Vaccine operations Central Provinces 1886-1899 - 1886-1899
Year: 1886
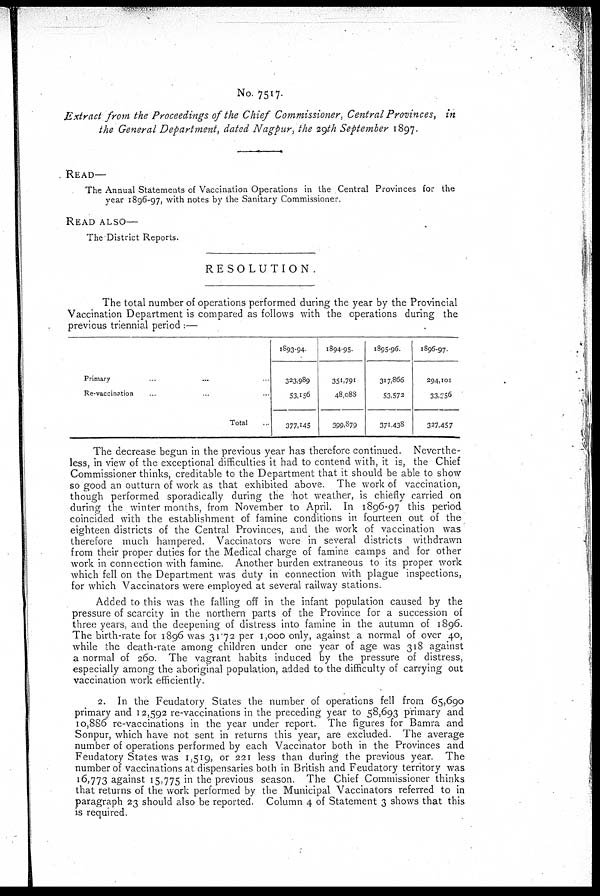
No. 7517.
Extract from the Proceedings of the Chief Commissioner, Central Provinces, in
the General Department, dated Nagpur, the 29th September 1897.
READ—
The Annual Statements of Vaccination Operations in the Central Provinces for the
year 1896-97, with notes by the Sanitary Commissioner.
READ ALSO—
The District Reports.
RESOLUTION .
The total number of operations performed during the year by the Provincial
Vaccination Department is compared as follows with the operations during the
previous triennial period :—
Primary...
Re-vaccination...
Total...
1893-94.
323,989
53,156
377,145
1894-95.
351,791
48,088
399,879
1895-96.
317,866
53,572
371,438
1896-97.
294,101
33,056
327,457
The decrease begun in the previous year has therefore continued. Neverthe-
less, in view of the exceptional difficulties it had to contend with, it is, the Chief
Commissioner thinks, creditable to the Department that it should be able to show
so good an outturn of work as that exhibited above. The work of vaccination,
though performed sporadically during the hot weather, is chiefly carried on
during the winter months, from November to April. In 1896-97 this period
coincided with the establishment of famine conditions in fourteen out of the
eighteen districts of the Central Provinces, and the work of vaccination was
therefore much hampered. Vaccinators were in several districts withdrawn
from their proper duties for the Medical charge of famine camps and for other
work in connection with famine. Another burden extraneous to its proper work
which fell on the Department was duty in connection with plague inspections,
for which Vaccinators were employed at several railway stations.
Added to this was the falling off in the infant population caused by the
pressure of scarcity in the northern parts of the Province for a succession of
three years, and the deepening of distress into famine in the autumn of 1896.
The birth-rate for 1896 was 31.72 per 1,000 only, against a normal of over 40,
while the death-rate among children under one year of age was 318 against
a normal of 260. The vagrant habits induced by the pressure of distress,
especially among the aboriginal population, added to the difficulty of carrying out
vaccination work efficiently.
2. In the Feudatory States the number of operations fell from 65,690
primary and 12,592 re-vaccinations in the preceding year to 58,693 primary and
10,886 re-vaccinations in the year under report. The figures for Bamra and
Sonpur, which have not sent in returns this year, are excluded. The average
number of operations performed by each Vaccinator both in the Provinces and
Feudatory States was 1,519, or 221 less than during the previous year. The
number of vaccinations at dispensaries both in British and Feudatory territory was
16,773 against 15,775 in the previous season. The Chief Commissioner thinks
that returns of the work performed by the Municipal Vaccinators referred to in
paragraph 23 should also be reported. Column 4 of Statement 3 shows that this
is required.